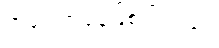
အခြေအနေဖြစ်ပါတယ်။